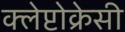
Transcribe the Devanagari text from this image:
क्लेप्टोक्रेसी